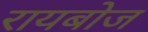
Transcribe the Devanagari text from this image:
रायबोज